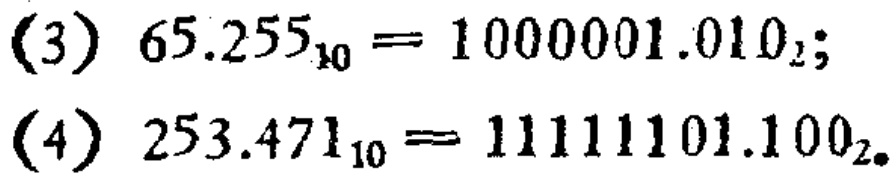
(3) \(65.255_{10}=1000001.010_{2}\);

(4) \(253.471_{10}=11111101.100_{2}\).